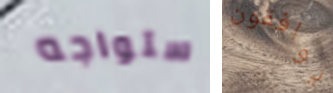
ستواجه يوافقون